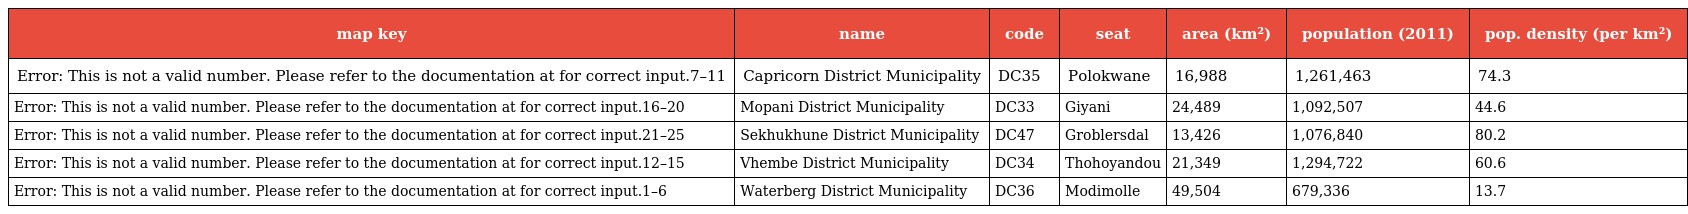
| map key | name | code | seat | area (km²) | population (2011) | pop. density (per km²) |
 | --- | --- | --- | --- | --- | --- | --- |
 | Error: This is not a valid number. Please refer to the documentation at for correct input.7–11 | Capricorn District Municipality | DC35 | Polokwane | 16,988 | 1,261,463 | 74.3 |
 | Error: This is not a valid number. Please refer to the documentation at for correct input.16–20 | Mopani District Municipality | DC33 | Giyani | 24,489 | 1,092,507 | 44.6 |
 | Error: This is not a valid number. Please refer to the documentation at for correct input.21–25 | Sekhukhune District Municipality | DC47 | Groblersdal | 13,426 | 1,076,840 | 80.2 |
 | Error: This is not a valid number. Please refer to the documentation at for correct input.12–15 | Vhembe District Municipality | DC34 | Thohoyandou | 21,349 | 1,294,722 | 60.6 |
 | Error: This is not a valid number. Please refer to the documentation at for correct input.1–6 | Waterberg District Municipality | DC36 | Modimolle | 49,504 | 679,336 | 13.7 |